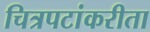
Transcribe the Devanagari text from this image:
चित्रपटांकरीता